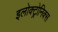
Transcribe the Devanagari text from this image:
इलोक्ट्रोनिक्स